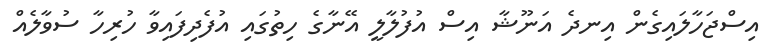
އިސްޖަހާލައިގެން އިނދެ އަނޫޝާ އިސް އުފުލާލީ އޭނާގެ ހިތުގައި އުފެދިފައިވާ ހުރިހާ ސުވާލެއް